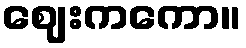
ဈေးကကော။